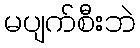
မပျက်စီးဘဲ